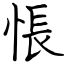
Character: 悵